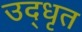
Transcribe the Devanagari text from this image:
उद्‍धृत